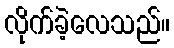
လိုက်ခဲ့လေသည်။